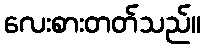
လေးစားတတ်သည်။